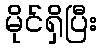
မိုင်ရှိပြီး